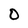
Character: 0